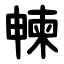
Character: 朄